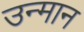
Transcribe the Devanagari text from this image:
उन्मान